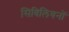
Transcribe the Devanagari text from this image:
सिविलियनों